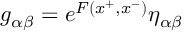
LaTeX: g _ { \alpha \beta } = e ^ { F ( x ^ { + } , x ^ { - } ) } \eta _ { \alpha \beta }